Annual administration report of the Civil Veterinary Department of India - 1892-1893
Year: 1892
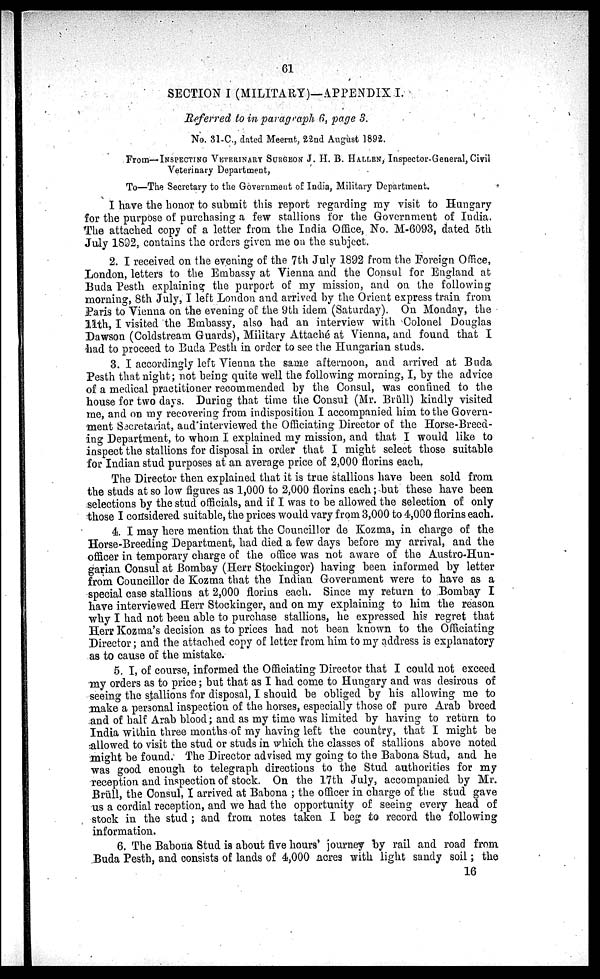
61
SECTION I (MILITARY)—APPENDIX I.
Referred to in paragraph 6, page 3.
No. 31-C., dated Meerut, 22nd August 1892.
From—INSPECTING VETERINARY SURGEON J. H. B. HALLEN, Inspector-General, Civil
Veterinary Department,
To—The Secretary to the Government of India, Military Department.
I have the honor to submit this report regarding my visit to Hungary
for the purpose of purchasing a few stallions for the Government of India.
The attached copy of a letter from the India Office, No. M-6093, dated 5th
July 1892, contains the orders given me on the subject.
2. I received on the evening of the 7th July 1892 from the Foreign Office,
London, letters to the Embassy at Vienna and the Consul for England at
Buda Pesth explaining the purport of my mission, and on the following
morning, 8th July, I left London and arrived by the Orient express train from
Paris to Vienna on the evening of the 9th idem (Saturday). On Monday, the
11th, I visited the Embassy, also had an interview with Colonel Douglas
Dawson (Coldstream Guards), Military Attaché at Vienna, and found that I
had to proceed to Buda Pesth in order to see the Hungarian studs.
3. I accordingly left Vienna the same afternoon, and arrived at Buda
Pesth that night; not being quite well the following morning, I, by the advice
of a medical practitioner recommended by the Consul, was confined to the
house for two days. During that time the Consul (Mr. Brüll) kindly visited
me, and on my recovering from indisposition I accompanied him to the Govern-
ment Secretariat, and interviewed the Officiating Director of the Horse-Breed-
ing Department, to whom I explained my mission, and that I would like to
inspect the stallions for disposal in order that I might select those suitable
for Indian stud purposes at an average price of 2,000 florins each.
The Director then explained that it is true stallions have been sold from
the studs at so low figures as 1,000 to 2,000 florins each; but these have been
selections by the stud officials, and if I was to be allowed the selection of only
those I considered suitable, the prices would vary from 3,000 to 4,000 florins each.
4. I may here mention that the Councillor de Kozma, in charge of the
Horse-Breeding Department, had died a few days before my arrival, and the
officer in temporary charge of the office was not aware of the Austro-Hun-
garian Consul at Bombay (Herr Stockingor) having been informed by letter
from Councillor de Kozma that the Indian Government were to have as a
special case stallions at 2,000 florins each. Since my return to Bombay I
have interviewed Herr Stockinger, and on my explaining to him the reason
why I had not been able to purchase stallions, he expressed his regret that
Herr Kozma's decision as to prices had not been known to the Officiating
Director; and the attached copy of letter from him to my address is explanatory
as to cause of the mistake.
5. I, of course, informed the Officiating Director that I could not exceed
my orders as to price; but that as I had come to Hungary and was desirous of
seeing the stallions for disposal, I should be obliged by his allowing me to
make a personal inspection of the horses, especially those of pure Arab breed
and of half Arab blood; and as my time was limited by having to return to
India within three months of my having left the country, that I might be
allowed to visit the stud or studs in which the classes of stallions above noted
might be found. The Director advised my going to the Babona Stud, and he
was good enough to telegraph directions to the Stud authorities for my
reception and inspection of stock. On the 17th July, accompanied by Mr.
Brüll, the Consul, I arrived at Babona; the officer in charge of the stud gave
us a cordial reception, and we had the opportunity of seeing every head of
stock in the stud; and from notes taken I beg to record the following
information.
6. The Babona Stud is about five hours' journey by rail and road from
Buda Pesth, and consists of lands of 4,000 acres with light sandy soil; the
16